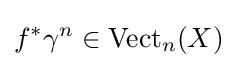
f^{*}\gamma ^{n}\in \mathrm {Vect} _{n}(X)